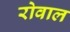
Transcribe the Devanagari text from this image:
रोवाल